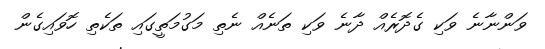
ވަންނާނެ ވަކި ގެދޮރެއް ދާނެ ވަކި ތަނެއް ނެތި މަގުމަތީގައި ތަކެތި ހޮވައިގެން